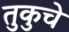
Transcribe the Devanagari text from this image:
तुकुचे